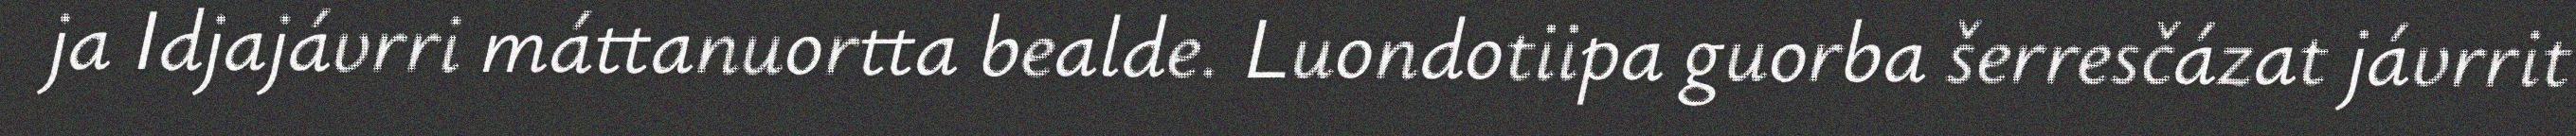
ja Idjajávrri máttanuortta bealde. Luondotiipa guorba šerresčázat jávrrit